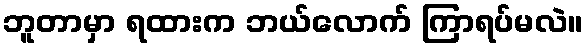
ဘူတာမှာ ရထားက ဘယ်လောက် ကြာရပ်မလဲ။